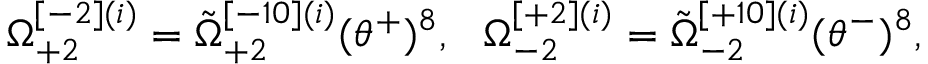
\Omega _ { + 2 } ^ { [ - 2 ] ( i ) } = \tilde { \Omega } _ { + 2 } ^ { [ - 1 0 ] ( i ) } ( \theta ^ { + } ) ^ { 8 } , \ \ \Omega _ { - 2 } ^ { [ + 2 ] ( i ) } = \tilde { \Omega } _ { - 2 } ^ { [ + 1 0 ] ( i ) } ( \theta ^ { - } ) ^ { 8 } ,